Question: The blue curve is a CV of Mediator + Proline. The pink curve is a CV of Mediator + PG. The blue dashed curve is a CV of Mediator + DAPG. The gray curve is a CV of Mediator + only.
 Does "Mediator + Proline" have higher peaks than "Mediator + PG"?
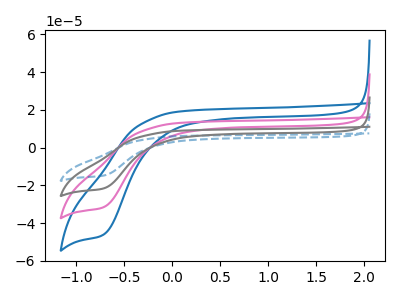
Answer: <think>The blue curve "Mediator + Proline" has a cathodic peak at: (-0.70V, -45.95uA). The pink curve "Mediator + PG" has a cathodic peak at: (-0.70V, -31.45uA). The blue dashed curve "Mediator + DAPG" has a cathodic peak at: (-0.70V, -94.40uA). The gray curve "Mediator + only" has a cathodic peak at: (-0.70V, -62.90uA).</think>
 <answer>Every peak in "Mediator + Proline" is higher than every peak in "Mediator + PG".</answer>
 <eval>higher</eval>